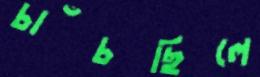
চাঁচছিলে